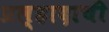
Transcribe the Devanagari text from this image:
प्रल्हादाची